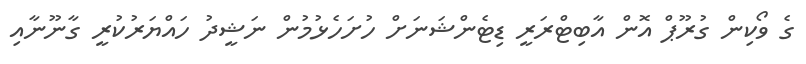
ގެ ވޯކިން ގުރޫޕް އޮން އާބިޓްރަރީ ޑިޓެންޝަނަށް ހުށަހެޅުމުން ނަޝީދު ހައްޔަރުކުރީ ގާނޫނާއި